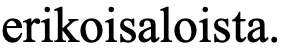
erikoisaloista.